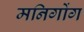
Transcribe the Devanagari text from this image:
मनिगोंग